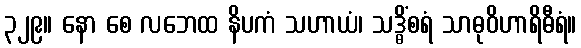
၃၂၉။ နော စေ လဘေထ နိပကံ သဟာယံ၊ သဒ္ဓိံစရံ သာဓုဝိဟာရိဓီရံ။